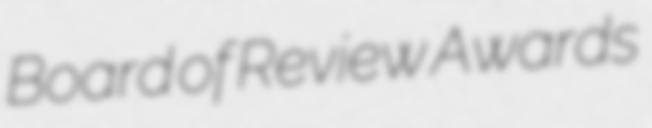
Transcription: Board of Review Awards